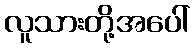
လူသားတို့အပေါ်